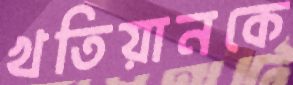
খতিয়ানকে